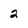
Character: 2